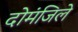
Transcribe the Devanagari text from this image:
दोमंजिले